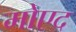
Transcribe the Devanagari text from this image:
मोएद